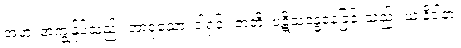
အဟံ၊ အကျွန်ုပ်သည်။ အာဝုသော၊ ငါ့ရှင်။ ဇာတိ၊ ပဋိသန္ဓေနေခြင်းသည်။ ယံ နိဒါနာ၊